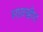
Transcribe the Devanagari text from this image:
सातखीरा